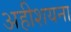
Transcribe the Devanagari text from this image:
अहीशयना